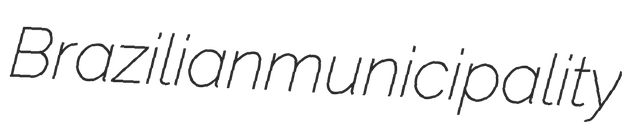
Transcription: Brazilian municipality